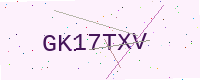
Text: GK17TXV